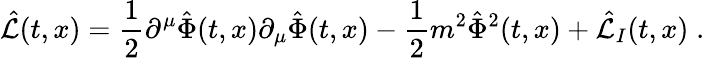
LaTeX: \hat{\cal L}(t,x)={\frac{1}{2}}\partial^{\mu}\hat{\Phi}(t,x)\partial_{\mu}\hat{\Phi}(t,x)-{\frac{1}{2}}m^{2}\hat{\Phi}^{2}(t,x)+\hat{\cal L}_{I}(t,x)\; .